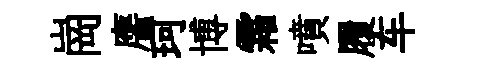
崗譍珂博霜噴履车